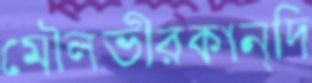
মৌলভীরকান্দি